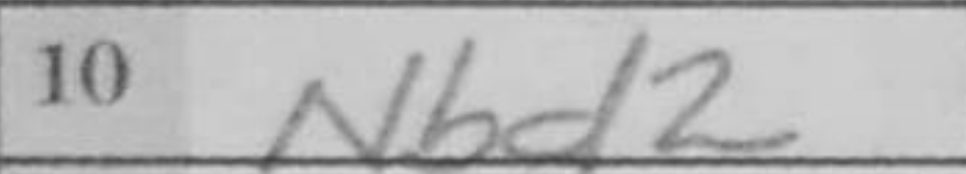
Transcription: Nbd2